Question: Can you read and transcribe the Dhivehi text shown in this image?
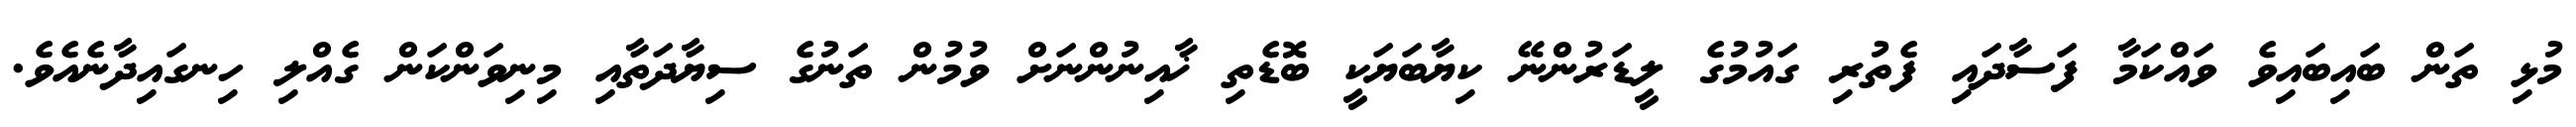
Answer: މުޅި ތަން ބައިބައިވެ ވައްކަމާ ފަސާދައި ފެތުރި ގައުމުގެ ލީޑަރުންނޭ ކިޔާބަޔަކީ ބޮޑެތި ޚާއިނުންނަށް ވުމުން ތަނުގެ ސިޔާދަތާއި މިނިވަންކަން ގެއްލި ހިނގައިދާނެއެވެ.